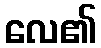
လေ၏